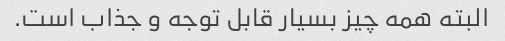
البته همه چیز بسیار قابل توجه و جذاب است.